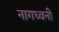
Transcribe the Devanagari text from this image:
नागध्वनी